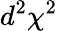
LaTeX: d^{2}\chi^{2}